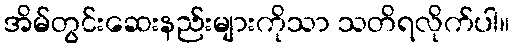
အိမ်တွင်းဆေးနည်းများကိုသာ သတိရလိုက်ပါ။